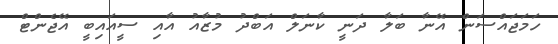
ހަމަޖައްސަން އޭނާ ބަލާ ދަނީ ކާނަލް އަބްދު މުޒާއު އާއި ސީއައިބީ އޭޖެންޓް